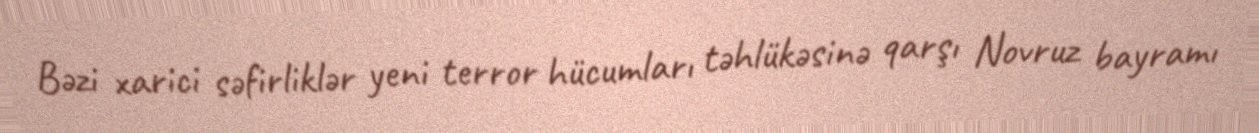
Bəzi xarici səfirliklər yeni terror hücumları təhlükəsinə qarşı Novruz bayramı